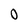
Character: 0